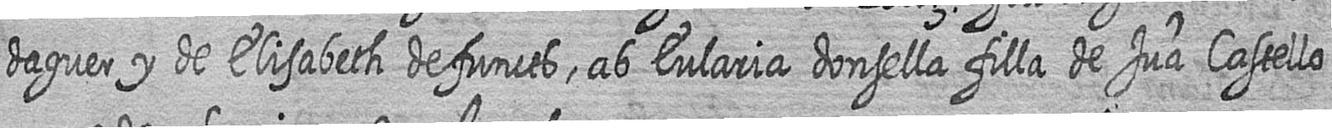
daguer y de Elisabeth defuncts ab Eularia donsella filla de Jua Castello